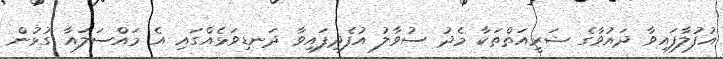
އުފުލާފައިވާ ދައުވާގެ ޝަރީއަތްތަކާ މެދު ސުވާލު އުފެދިފައިވާ ދަނޑިވަޅެއްގައި އެ މައްސަލައާ ގުޅުން